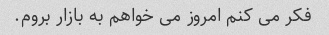
فکر می کنم امروز می خواهم به بازار بروم.